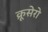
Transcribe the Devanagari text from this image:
क्रूसेरो